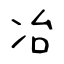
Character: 冶